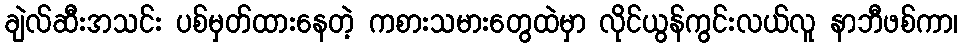
ချဲလ်ဆီးအသင်း ပစ်မှတ်ထားနေတဲ့ ကစားသမားတွေထဲမှာ လိုင်ယွန်ကွင်းလယ်လူ နာဘီဖစ်ကာ၊